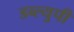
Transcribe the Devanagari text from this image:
डब्ल्युपी